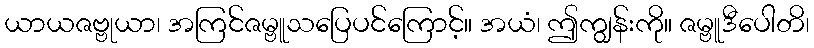
ယာယဇဗ္ဗုယာ၊ အကြင်ဇမ္ဗူသပြေပင်ကြောင့်။ အယံ၊ ဤကျွန်းကို။ ဇမ္ဗူဒီပေါတိ၊